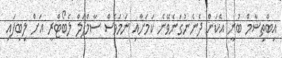
އިބްތިޝާމް ބުނީ އެކަން ދެނެނުގަނެވޭނެ ކަމަށާއި ނަމަވެސް ސާމްޕަލް ލެބޯޓްރީ އަށް ލިބިފައި